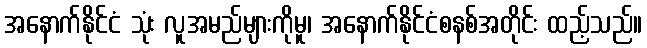
အနောက်နိုင်ငံ သုံး လူအမည်များကိုမူ၊ အနောက်နိုင်ငံစနစ်အတိုင်း ထည့်သည်။